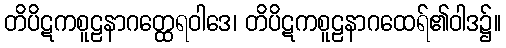
တိပိဋကစူဠနာဂတ္ထေရဝါဒေ၊ တိပိဋကစူဠနာဂထေရ်၏ဝါဒ၌။